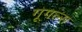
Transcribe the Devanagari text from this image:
गूगल्स